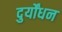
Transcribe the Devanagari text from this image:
दुर्योंधन